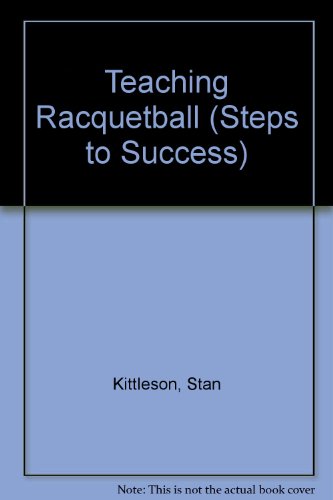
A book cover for Teaching Racquetball: Steps to Success (Steps to Success Activity Series); Stan Kittleson; Sports & Outdoors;